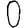
Digit: 0